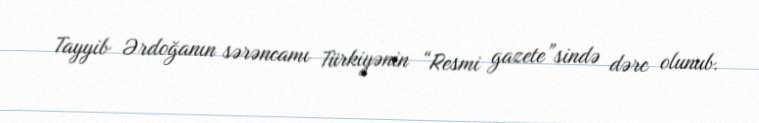
Tayyib Ərdoğanın sərəncamı Türkiyənin “Resmi gazete”sində dərc olunub.